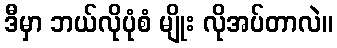
ဒီမှာ ဘယ်လိုပုံစံ မျိုး လိုအပ်တာလဲ။